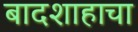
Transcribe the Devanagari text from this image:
बादशाहाचा